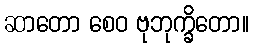
ဆာတော စေဝ ဗုဘုက္ခိတော။